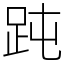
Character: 𧿬